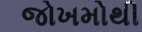
જોખમોથી